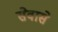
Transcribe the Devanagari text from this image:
सेवासे